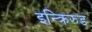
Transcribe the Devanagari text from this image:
इन्क्रिझ्ड